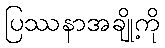
ပြဿနာအချို့ကို